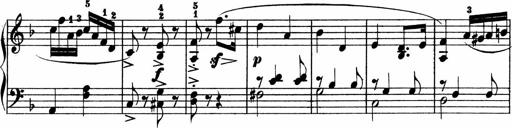
Title: 2 instructive Sonatinen
Composer: Paul Schumacher